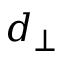
d _ { \perp }